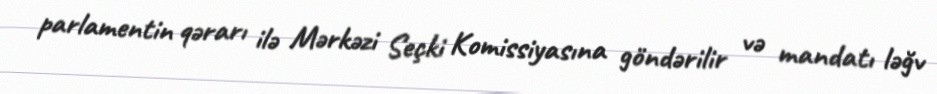
parlamentin qərarı ilə Mərkəzi Seçki Komissiyasına göndərilir və mandatı ləğv